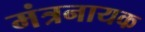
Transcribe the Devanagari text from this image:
मंत्रनायक